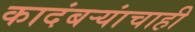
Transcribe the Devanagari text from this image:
कादंबऱ्यांचाही